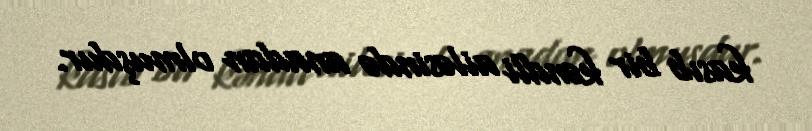
kasıb bir kəndli ailəsində anadan olmuşdur.